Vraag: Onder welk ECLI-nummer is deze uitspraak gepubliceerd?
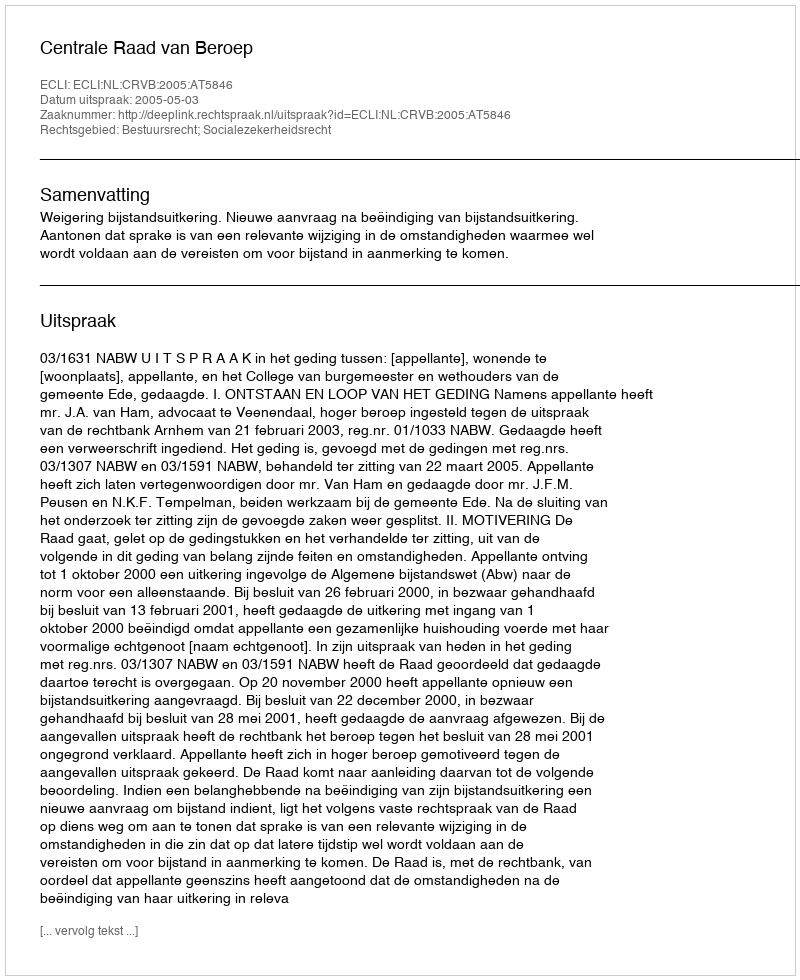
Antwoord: ECLI:NL:CRVB:2005:AT5846